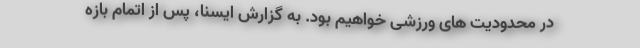
در محدودیت های ورزشی خواهیم بود. به گزارش ایسنا، پس از اتمام بازه